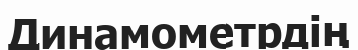
Динамометрдің